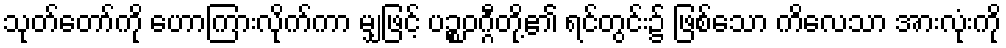
သုတ်တော်ကို ဟောကြားလိုက်ကာ မျှဖြင့် ပဉ္စဝဂ္ဂီတို့၏ ရင်တွင်း၌ ဖြစ်သော ကိလေသာ အားလုံးကို